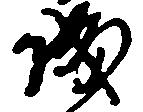
城